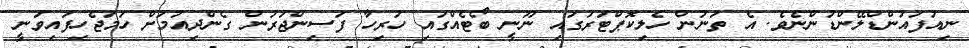
ނިއުފައުންޑްލޭންޑުންނެވެ. އެ ތަނުން ހެލިކޮޕްޓަރުގައި ނޫނީ ބޯޓެއްގައި ހުރިހާ ފަސިންޖަރުން ގެންދިއުމަށް ހަމަޖެހިފައިވަނީ